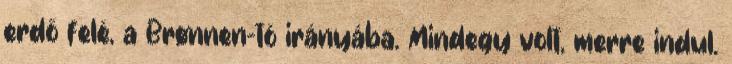
erdő felé, a Brønnen-tó irányába. Mindegy volt, merre indul.